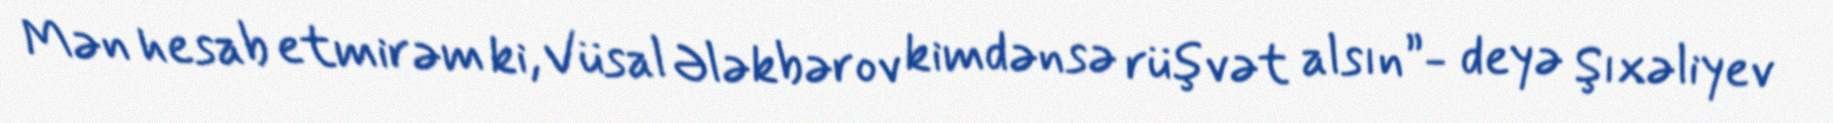
Mən hesab etmirəm ki, Vüsal Ələkbərov kimdənsə rüşvət alsın”- deyə Şıxəliyev